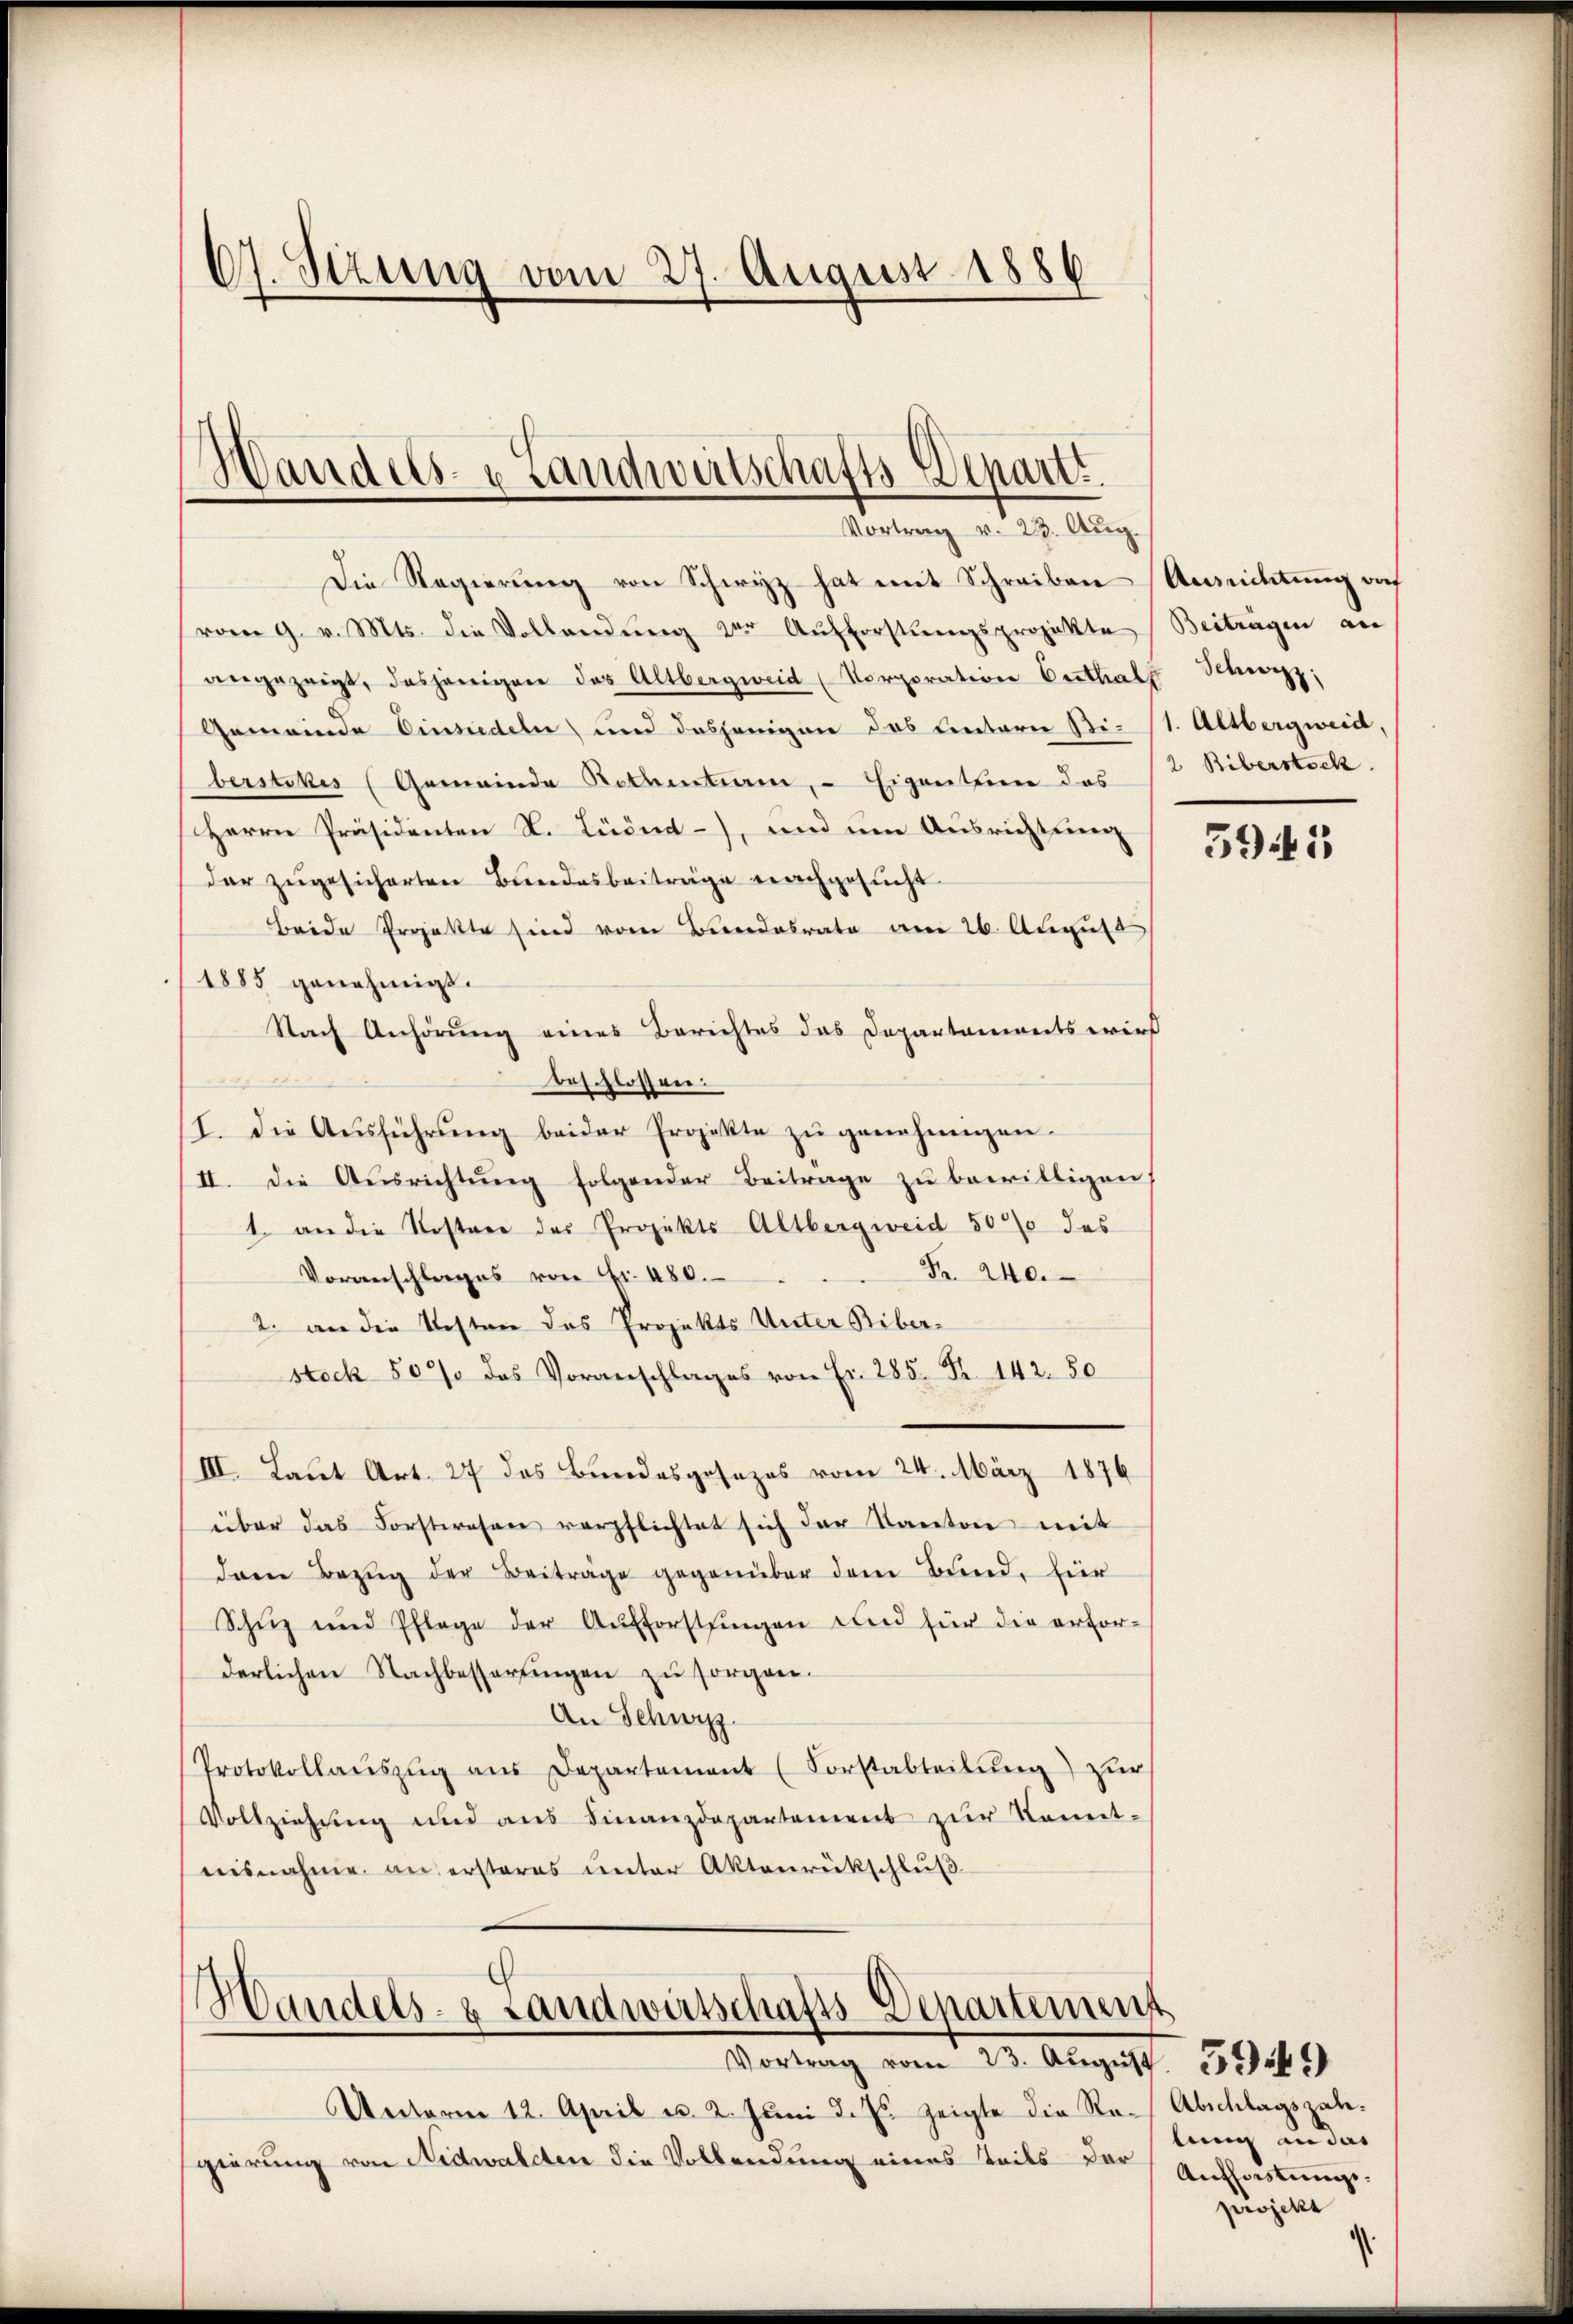
67. Sizung vom 27. August 1886

andels- u Landwertschafts-Depart.
Vertrag artige Aug.

Die Regierŭng von Schwyz hat mit Schreiben Ausrichtung auf
vom 9. v. Mts. die Vollandŭng zur Aufforstŭngsprojekte Beiträgen an
angezeigt, dasjenigen des Altbergweid (Vorporation Oesthals Schwyz;
Gemeinde Einsiedeln) und dasjenigen das Antarie Sti- (1. Altbergweid,
berstokes (Gemeinde Rothentiam, - Eigenthien das 12 Riberstock.
Herrn Präsidenten N. Lüönd-, und um Ausrichtung
dar zugesicherten Bundesbeiträge nachgesucht
Bride Projekte sind vom Bundesrate am 26. August
1885 genehmigt.
Nach Anhörung eines Berichtes das Departaments wird
beschlossen:
I. Die Aŭsführŭng beider Projekte zŭ genehmigen.
II. Die Ausrichtŭng folgender Beitrage zu bewilligen,
1. an die Kostere des Projekts Altbergweid 504% das
Fr. 240.
Voranschlages von Fr. 480.
2. an die Kosten das Projekts Unter Biber-
steck 80% des Voranschlages von Fr. 285. Fr. 142. 50
.
III. Laut Art. 27 des Bundesgesezes vom 24. März 1876
über das Forstwesen verpflichtet sich der Kanton mit
dem Bezug der Beiträge gegenüber dem Bund, hier
Schüz und Pflege der Aufforstungen und für die erfor-
derlichen Nachbessertingen zu sorgen.
An Schwyz.
Protokollaŭszŭg aŭs Departement (Vorstabteilŭng zur
Vollziehung und aus Finanzdepartement zur Komit-
nisnahme an ersteres unter Aktenrückschluß

Handels- & Landwirtschafts-Departement
Vortrag vom 23. Aŭgŭst 1865

Unterm 12. April u. 2. Juni d. Js. zeigte die Rach Abschlagszahgierung von Nidwaldten die Vollendung eines Teils der

59. 11

lung in das
Anfleistung.
projekt